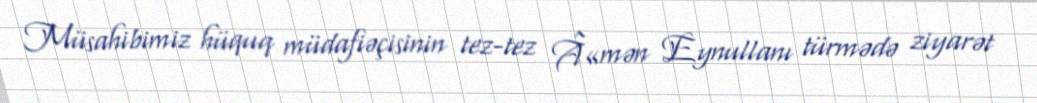
Müsahibimiz hüquq müdafiəçisinin tez-tez Â«mən Eynullanı türmədə ziyarət